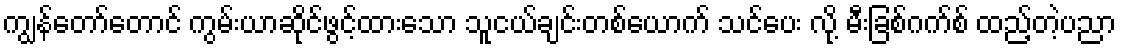
ကျွန်တော်တောင် ကွမ်းယာဆိုင်ဖွင့်ထားသော သူငယ်ချင်းတစ်ယောက် သင်ပေး လို့ မီးခြစ်ဂက်စ် ထည့်တဲ့ပညာ